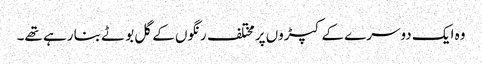
وہ ایک دوسرے کے کپڑوں پر مختلف رنگوں کے گل بوٹے بنا رہے تھے۔